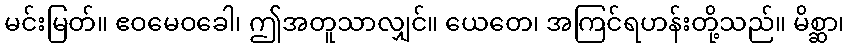
မင်းမြတ်။ ဧဝမေဝခေါ၊ ဤအတူသာလျှင်။ ယေတေ၊ အကြင်ရဟန်းတို့သည်။ မိစ္ဆာ၊